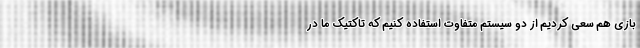
بازی هم سعی کردیم از دو سیستم متفاوت استفاده کنیم که تاکتیک ما در